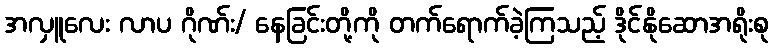
အလှူလေး လာပ ဂိုဏ်း/ နေခြင်းတို့ကို တက်ရောက်ခဲ့ကြသည့် ဒိုင်နိုဆောအရိုးစု